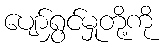
ပျော်ရွှင်မှုတို့ကို